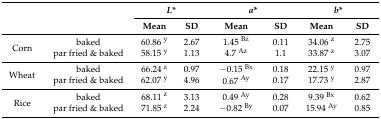
| <ROWSPAN=2-COLSPAN=2>  | <COLSPAN=2> L* | <COLSPAN=2> a* | <COLSPAN=2> b* |
 | Mean | SD | Mean | SD | Mean | SD |
 | --- | --- | --- | --- | --- | --- | --- | --- |
 | <ROWSPAN=2> Corn | baked | 60.86 y | 2.67 | 1.45 Bz | 0.11 | 34.06 z | 2.75 |
 | par fried & baked | 58.15 y | 1.13 | 4.7 Az | 1.1 | 33.87 z | 3.07 |
 | <ROWSPAN=2> Wheat | baked | 66.24 z | 0.97 | −0.15 Bx | 0.18 | 22.15 y | 0.97 |
 | par fried & baked | 62.07 y | 4.96 | 0.67 Ay | 0.17 | 17.73 y | 2.87 |
 | <ROWSPAN=2> Rice | baked | 68.11 z | 3.13 | 0.49 Ay | 0.28 | 9.39 Bx | 0.62 |
 | par fried & baked | 71.85 z | 2.24 | −0.82 By | 0.07 | 15.94 Ay | 0.85 |